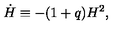
\dot { H } \equiv - ( 1 + q ) H ^ { 2 } ,